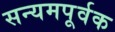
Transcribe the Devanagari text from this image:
सन्यमपूर्वक